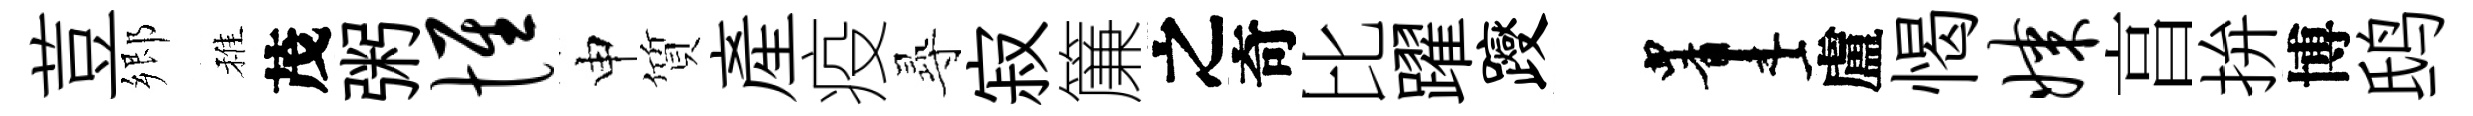
荳郷稚茂粥惟申質產疫𡬶寂簾之奇比躍躞画盧愒媒亯拚博鸱